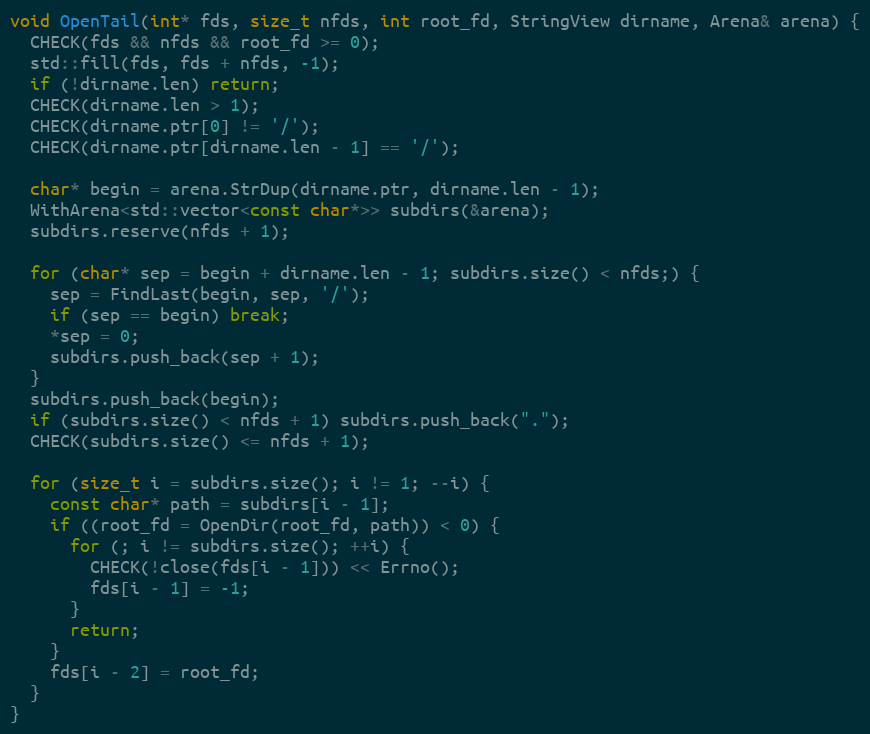
Language: C++
void OpenTail(int* fds, size_t nfds, int root_fd, StringView dirname, Arena& arena) {
  CHECK(fds && nfds && root_fd >= 0);
  std::fill(fds, fds + nfds, -1);
  if (!dirname.len) return;
  CHECK(dirname.len > 1);
  CHECK(dirname.ptr[0] != '/');
  CHECK(dirname.ptr[dirname.len - 1] == '/');

  char* begin = arena.StrDup(dirname.ptr, dirname.len - 1);
  WithArena<std::vector<const char*>> subdirs(&arena);
  subdirs.reserve(nfds + 1);

  for (char* sep = begin + dirname.len - 1; subdirs.size() < nfds;) {
    sep = FindLast(begin, sep, '/');
    if (sep == begin) break;
    *sep = 0;
    subdirs.push_back(sep + 1);
  }
  subdirs.push_back(begin);
  if (subdirs.size() < nfds + 1) subdirs.push_back(".");
  CHECK(subdirs.size() <= nfds + 1);

  for (size_t i = subdirs.size(); i != 1; --i) {
    const char* path = subdirs[i - 1];
    if ((root_fd = OpenDir(root_fd, path)) < 0) {
      for (; i != subdirs.size(); ++i) {
        CHECK(!close(fds[i - 1])) << Errno();
        fds[i - 1] = -1;
      }
      return;
    }
    fds[i - 2] = root_fd;
  }
}